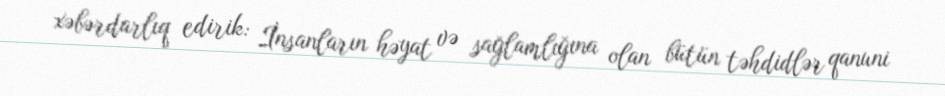
xəbərdarlıq edirik: İnsanların həyat və sağlamlığına olan bütün təhdidlər qanuni